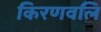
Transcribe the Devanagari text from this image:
किरणवलि